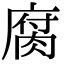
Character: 腐